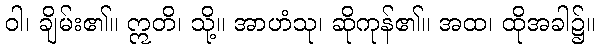
ဝါ၊ ချိမ်း၏။ ဣတိ၊ သို့။ အာဟံသု၊ ဆိုကုန်၏။ အထ၊ ထိုအခါ၌။